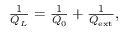
\begin{array} { r } { \frac { 1 } { Q _ { L } } = \frac { 1 } { Q _ { 0 } } + \frac { 1 } { Q _ { \mathrm { e x t } } } , } \end{array}